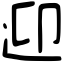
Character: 迎